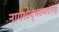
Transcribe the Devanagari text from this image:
नागेशोद्भवमादरात्‌।